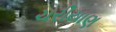
ચરીયાણ